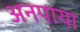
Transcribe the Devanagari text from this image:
अनपाया